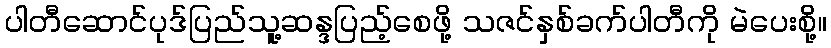
ပါတီဆောင်ပုဒ်ပြည်သူ့ဆန္ဒပြည့်စေဖို့ သဇင်နှစ်ခက်ပါတီကို မဲပေးစို့။